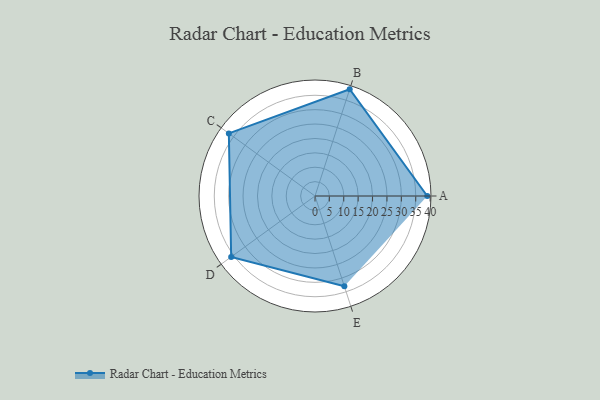
{"axis": {"x": "Skill", "y": "Score"}, "legend": ["Profile"], "data": [{"x": "A", "y": 39.0, "type": "Profile"}, {"x": "B", "y": 39.0, "type": "Profile"}, {"x": "C", "y": 37.0, "type": "Profile"}, {"x": "D", "y": 36.0, "type": "Profile"}, {"x": "E", "y": 33.0, "type": "Profile"}]}